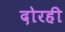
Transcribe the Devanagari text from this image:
दोरही